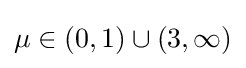
\mu \in (0,1)\cup (3,\infty )